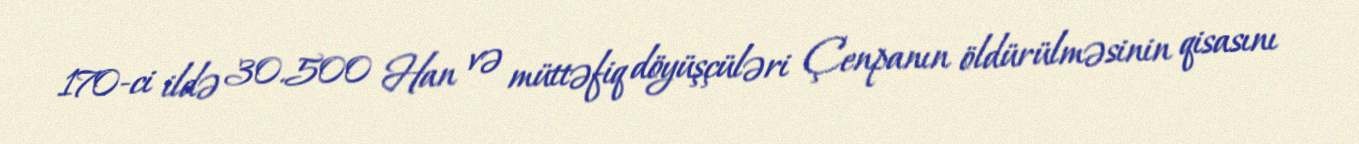
170-ci ildə 30.500 Han və müttəfiq döyüşçüləri Çenpanın öldürülməsinin qisasını